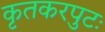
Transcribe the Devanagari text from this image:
कृतकरपुटः